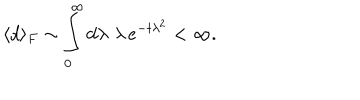
\langle d \rangle _ { F } \sim \int _ { 0 } ^ { \infty } \mathrm { d } \lambda \, \, \lambda \, e ^ { - t \lambda ^ { 2 } } < \infty .